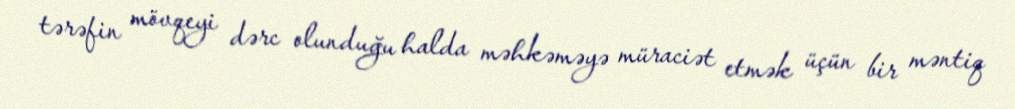
tərəfin mövqeyi dərc olunduğu halda məhkəməyə müraciət etmək üçün bir məntiq